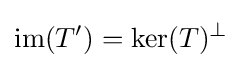
\operatorname {im} (T')=\operatorname {ker} (T)^{\bot }